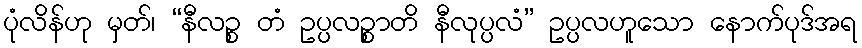
ပုံလိန်ဟု မှတ်၊ “နီလဉ္စ တံ ဥပ္ပလဉ္စာတိ နီလုပ္ပလံ” ဥပ္ပလဟူသော နောက်ပုဒ်အရ